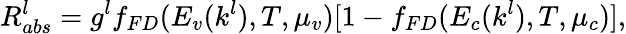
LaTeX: R_{abs}^{l}=g^{l}f_{FD}(E_{v}(k^{l}),T,\mu_{v})[1-f_{FD}(E_{c}(k^{l}),T,\mu_{c})],